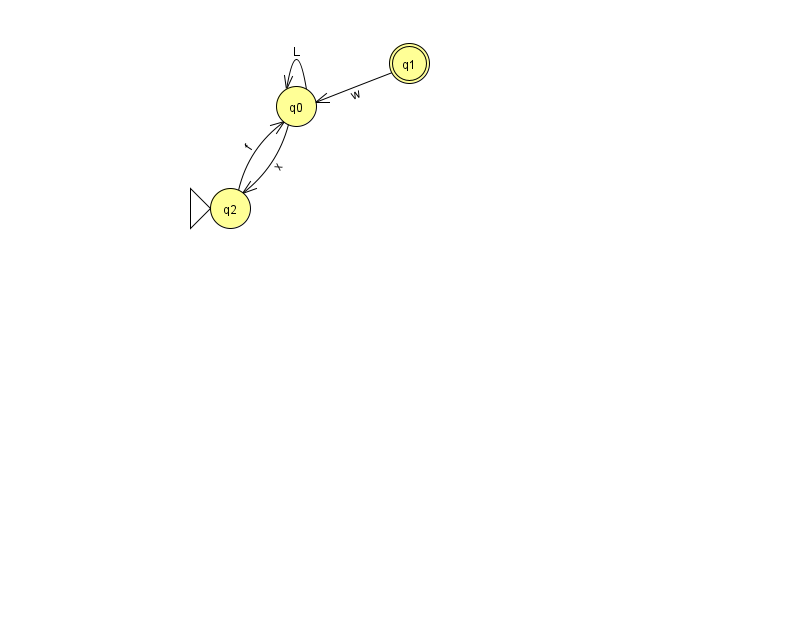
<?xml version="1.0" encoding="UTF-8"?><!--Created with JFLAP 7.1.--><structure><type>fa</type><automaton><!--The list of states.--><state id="0" name="q0"><x>296.0</x><y>93.0</y></state><state id="1" name="q1"><x>409.0</x><y>50.0</y><final/></state><state id="2" name="q2"><x>230.0</x><y>195.0</y><initial/></state><!--The list of transitions.--><transition><from>0</from><to>2</to><read>x</read></transition><transition><from>1</from><to>0</to><read>w</read></transition><transition><from>0</from><to>0</to><read>L</read></transition><transition><from>2</from><to>0</to><read>f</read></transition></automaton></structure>